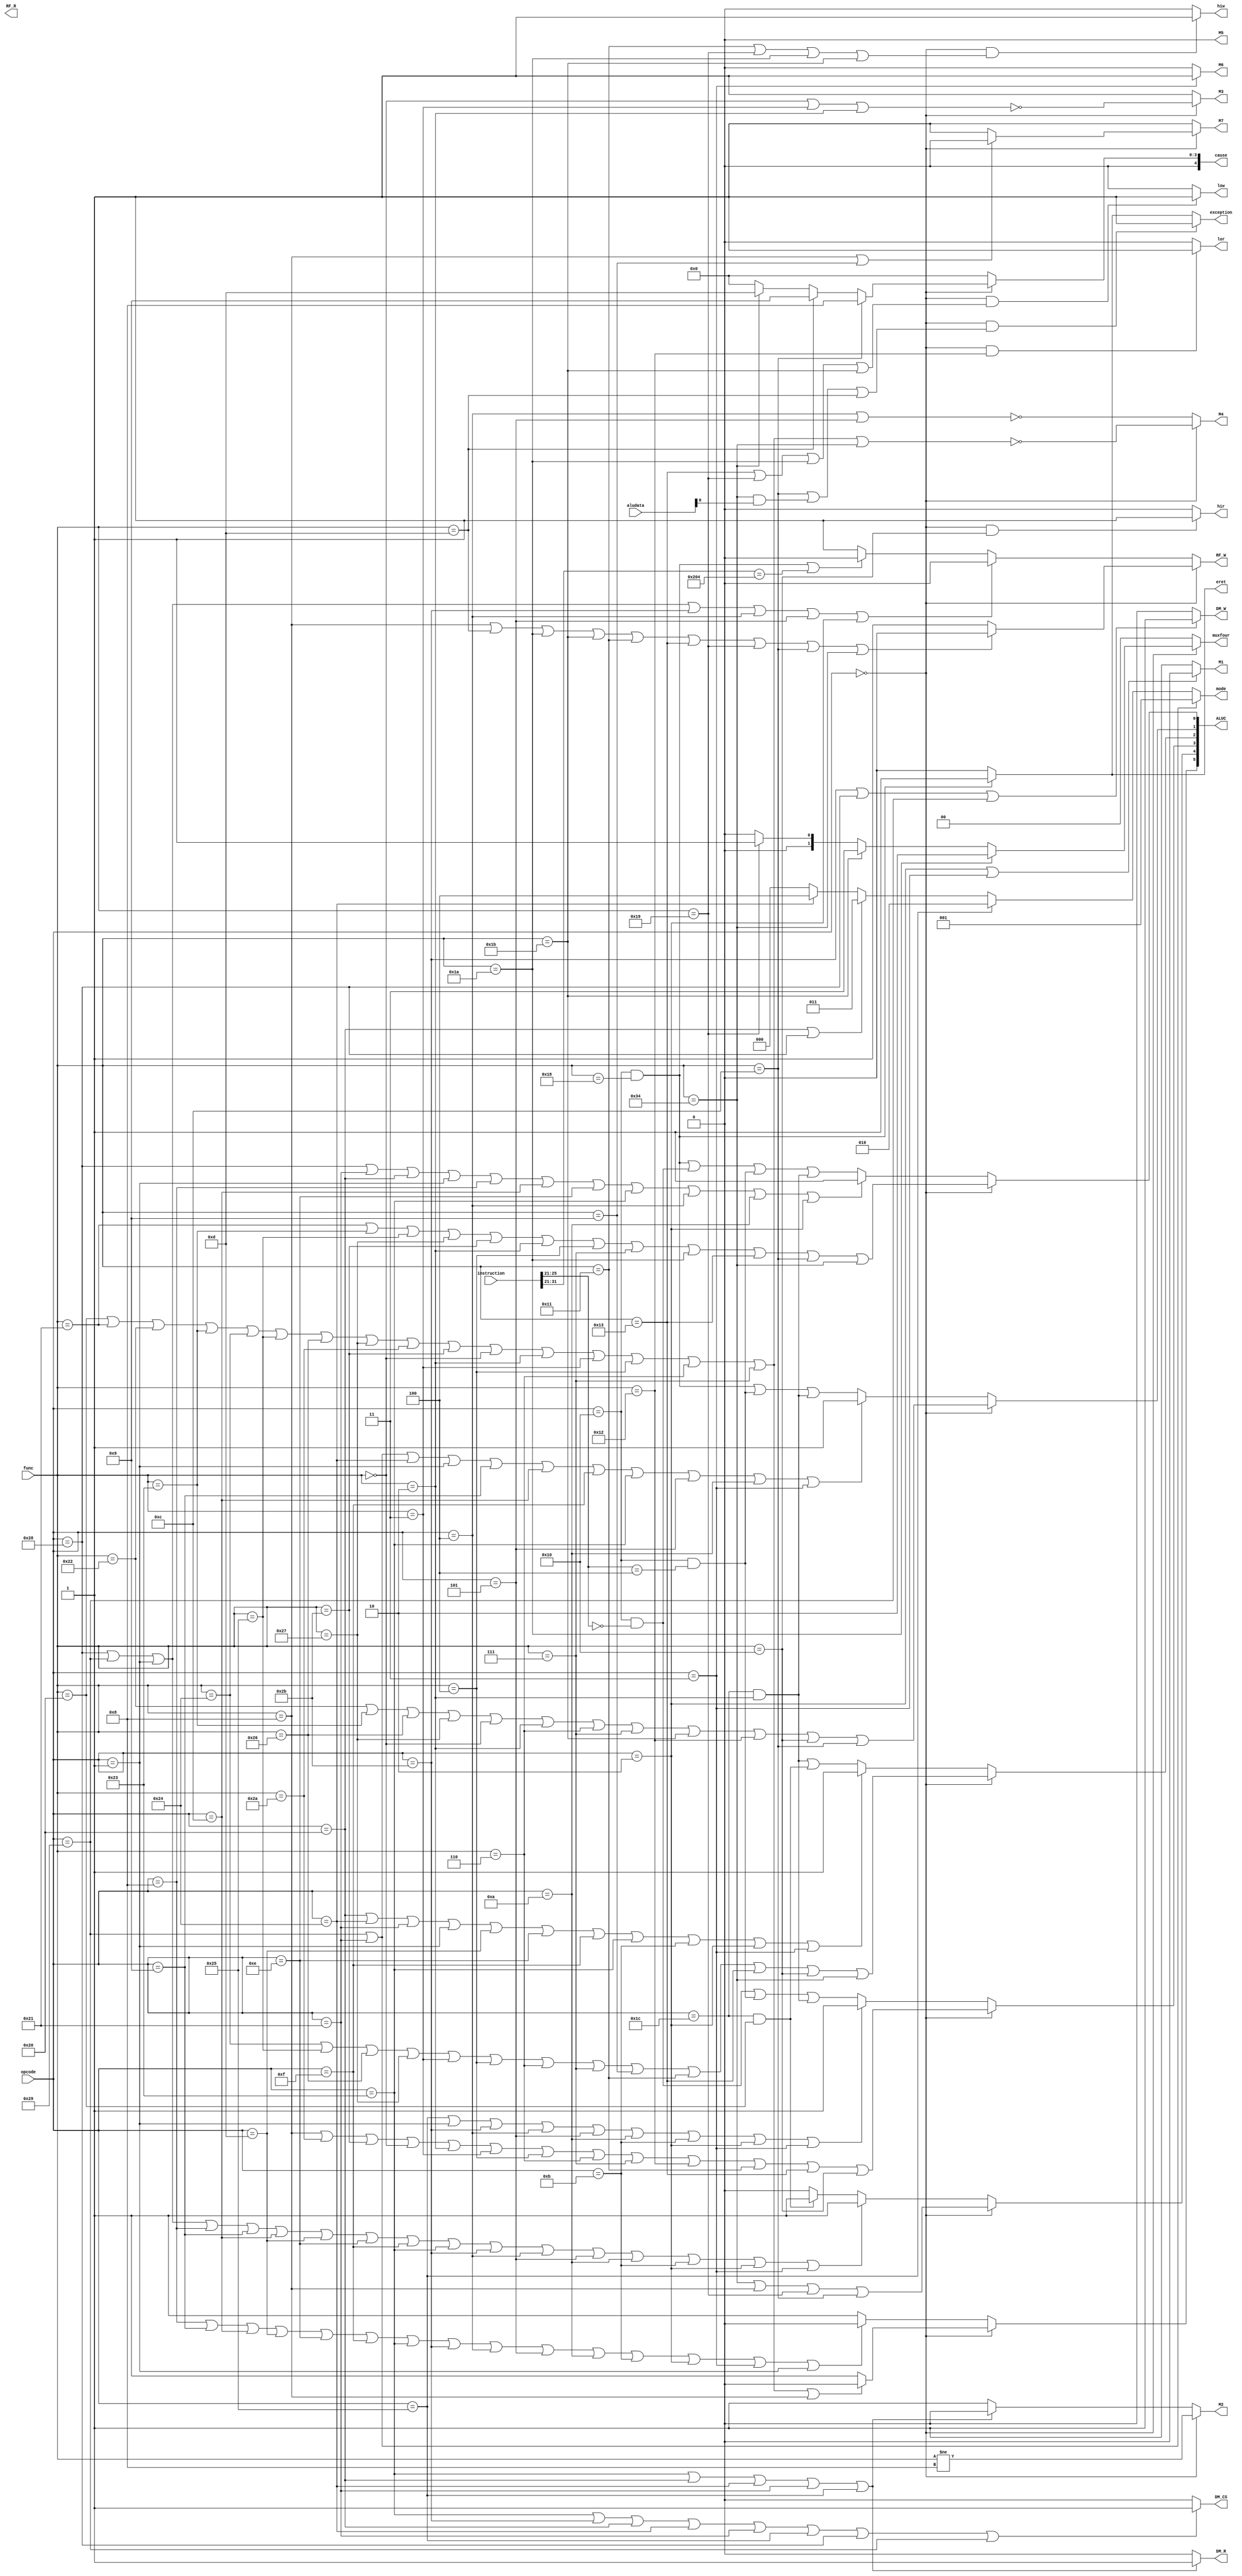
`timescale 1ns / 1ps
//////////////////////////////////////////////////////////////////////////////////
// Company: 
// Engineer: 
// 
// Design Name: 
// Module Name: ControlUnit
// Project Name: 
// Target Devices: 
// Tool Versions: 
// Description: 
// 
// Dependencies: 
// 
// Revision:
// Revision 0.01 - File Created
// Additional Comments:
// 
//////////////////////////////////////////////////////////////////////////////////


module ControlUnit(
input [31:0]aludata,
input [31:0]instruction,
input [5:0]opcode,
input [5:0]func,
output RF_R,
output DM_R,
output RF_W,
output  DM_W,
output M1,M2,M3,M4,M5,M6,M7,
//output [4:0]ALUC,
output [5:0]ALUC,
output DM_CS,
////////////////////
output [1:0]muxfour,
output lor,low,hir,hiw,
output exception,eret,
output [4:0]cause,
output [2:0]mode
    );
    parameter func_add=6'b100000,
                          func_addu=6'b100001,
                          func_sub=6'b100010,
                          func_subu=6'b100011,
                          func_and=6'b100100,
                          func_or=6'b100101,
                          func_xor=6'b100110,
                          func_nor=6'b100111,
                          func_slt=6'b101010,
                          func_sltu=6'b101011,
                          func_sll=6'b000000,
                          func_srl=6'b000010,
                          func_sra=6'b000011,
                          func_sllv=6'b000100,
                          func_srlv=6'b000110,
                          func_srav=6'b000111,
                          func_jr=6'b001000,
                          /////////////////////////////////////////////////////////////////
                          func_clz=6'b100000,
                         func_divu=6'b011011,
                         func_eret=6'b011000,
                         func_jalr=6'b001001,
                         func_mfc0=5'b00000,
                         func_mfhi=6'b010000,
                         func_mflo=6'b010010,
                         func_mtc0=5'b00100,
                         func_mthi=6'b010001,
                         func_mtlo=6'b010011,
                         func_mul=6'b000010,
                         func_multu=6'b011001,
                         func_syscall=6'b001100,
                         func_teq=6'b110100,
                         func_break=6'b001101,
                         func_div=6'b011010;
                         
    parameter op_addi=6'b001000,
                          op_addiu=6'b001001,
                          op_andi=6'b001100,
                          op_ori=6'b001101,
                          op_xori=6'b001110,
                          op_lui=6'b001111,
                          op_lw=6'b100011,
                          op_sw=6'b101011,
                          op_beq=6'b000100,
                          op_bne=6'b000101,
                          op_slti=6'b001010,
                          op_sltiu=6'b001011,
                          op_j=6'b000010,
                          op_jal=6'b000011,
                          //////////////////////////////////////////////////////////////
                           op_bgez = 6'b000001,
                          op_eret = 6'b010000,//**
                          op_lb = 6'b100000,
                          op_lbu = 6'b100100,
                          op_lhu = 6'b100101,
                          op_lh = 6'b100001,
                          op_mfc0 = 6'b010000,//**
                          op_mtc0 = 6'b010000,//**
                          op_mul = 6'b011100,//**
                          op_sb = 6'b101000,
                          op_sh = 6'b101001,
                          op_clz = 6'b011100;//**    
    assign M3=(opcode==6'b000000)?(~(func==func_sll||func==func_sra||func==func_srl)):1;
    assign M4=(opcode==6'b000000)?(~(func==func_add||func==func_addu||func==func_sub||func==func_subu||func==func_and||func==func_or||func==func_xor||func==func_nor||func==func_slt||func==func_sltu||func==func_sll||func==func_srl||func==func_sra||func==func_sllv||func==func_srlv||func==func_srav||func==func_teq)):(~(opcode==op_beq||opcode==op_bne));
    assign M6=(opcode==op_jal)?1:0;
    /////////
    assign M7=(opcode==6'b000000)?(func==func_jr||func==func_jalr)?0:1:1;
    /////////
    assign ALUC[5]=(opcode==6'b000000)?(func == func_add || func == func_addu || func == func_sub || func == func_subu || func == func_and || func == func_or || func == func_xor || func == func_nor || func == func_slt || func == func_sltu || func == func_sll || func == func_srl || func == func_sra || func == func_sllv || func == func_srlv || func == func_srav || func == func_jr) ? 0 : 1 : (opcode == op_addi || opcode == op_addiu || opcode == op_andi || opcode == op_ori || opcode == op_xori || opcode == op_lui || opcode == op_lw || opcode == op_sw || opcode == op_beq || opcode == op_bne || opcode == op_slti || opcode == op_sltiu || opcode == op_j || opcode == op_jal || opcode == op_bgez) ? 0 : 1;
    assign ALUC[4]=(opcode==6'b000000)?(func==func_teq||func==func_jr||func==func_multu||func==func_syscall):(opcode==op_sb||opcode==op_sh||opcode==op_bgez||opcode==op_addi||opcode==op_addiu||opcode==op_andi||opcode==op_ori||opcode==op_xori||opcode==op_lui||opcode==op_lw||opcode==op_sw||opcode==op_beq||opcode==op_bne||opcode==op_slti||opcode==op_sltiu||opcode==op_j||opcode==op_jal)?1:(opcode==op_clz&&func==func_clz)?1:0;
    assign ALUC[3]=(opcode==6'b000000)?(func==func_jr||func==func_slt||func==func_sltu||func==func_sll||func==func_srl||func==func_sra||func==func_sllv||func==func_srlv||func==func_srav||func==func_mflo||func==func_mthi||func==func_mtlo||func==func_mfhi):(opcode==op_lhu||opcode==op_bgez||opcode==op_sw||opcode==op_beq||opcode==op_bne||opcode==op_slti||opcode==op_sltiu||opcode==op_j||opcode==op_jal)?1:((opcode==op_mfc0&&instruction[25:21]==func_mfc0)||(opcode==op_mtc0&&instruction[25:21]==func_mtc0)||(opcode==op_mul&&func==func_mul));
    assign ALUC[2]=(opcode==6'b000000)?(func==func_and||func==func_or||func==func_xor||func==func_nor||func==func_sra||func==func_sllv||func==func_srlv||func==func_srav||func==func_jalr||func==func_mthi||func==func_mtlo||func==func_mfhi||func==func_teq):(opcode==op_lb||opcode==op_lbu||opcode==op_lh||opcode==op_bgez||opcode==op_ori||opcode==op_xori||opcode==op_lui||opcode==op_lw|| opcode==op_sltiu||opcode==op_j||opcode==op_jal)?1:((opcode==op_mul&&func==func_mul)||(opcode==op_clz&&func==func_clz));
    assign ALUC[1]=(opcode==6'b000000)?(func==func_sub||func==func_subu||func==func_xor||func==func_nor||func==func_sll||func==func_srl||func==func_srlv||func==func_srav||func==func_divu||func==func_mflo||func==func_mfhi||func==func_syscall):(opcode==op_sh||opcode==op_lh||opcode==op_lbu||opcode==op_bgez||opcode==op_addiu||opcode==op_andi||opcode==op_lui||opcode==op_lw||opcode==op_bne||opcode==op_slti||opcode==op_jal)?1:((opcode==op_eret&&func==func_eret)||(opcode==op_mtc0&&instruction[25:21]==func_mtc0)||(opcode==op_mul&&func==func_mul));
    assign ALUC[0]=(opcode==6'b000000)?(func==func_addu||func==func_subu||func==func_or||func==func_nor||func==func_sltu||func==func_srl||func==func_sllv||func==func_srav||func==func_div||func==func_mtlo||func==func_syscall||func==func_teq):(opcode==op_sb||opcode==op_lh||opcode==op_lb||opcode==op_bgez||opcode==op_addi||opcode==op_andi||opcode==op_xori||opcode==op_lw||opcode==op_beq||opcode==op_slti||opcode==op_j)?1:((func==func_eret&&opcode==op_eret)||(opcode==op_mfc0&&instruction[25:21]==func_mfc0)||(opcode==op_mtc0&&instruction[25:21]==func_mtc0)||(opcode==op_mul&&func==func_mul));
    assign M2=(opcode==6'b000000)?(func!=func_jr):(opcode==op_lw||opcode==op_lb||opcode==op_lbu||opcode==op_lh||opcode==op_lhu)?0:1;
    assign RF_W=(opcode==6'b000000)?(func==func_jr||func==func_break||func==func_div||func==func_divu||func==func_mthi||func==func_mtlo||func==func_multu||func==func_syscall||func==func_teq)?0:1:(opcode==op_sb||opcode==op_sh||opcode==op_bgez||opcode==op_sw||opcode==op_beq||opcode==op_bne||opcode==op_j)?0:((opcode==op_eret&&func==func_eret)||(instruction[31:21]==11'b01000000100))?0:1;
    assign M5=0;
    assign M1=(opcode==op_j||opcode==op_jal)?0:1;
    assign DM_CS=(opcode==op_lw||opcode==op_sw||opcode==op_lb||opcode==op_lbu||opcode==op_lh||opcode==op_lhu||opcode==op_sb||opcode==op_sh)?1:0;
    assign DM_R=(opcode==op_lw||opcode==op_lb||opcode==op_lbu||opcode==op_lh||opcode==op_lhu)?1:0;
    assign DM_W=(opcode==op_sw||opcode==op_sb||opcode==op_sh)?1:0;
    //////////////////////////////////
    assign muxfour=(opcode==6'b0)?(func==func_div)?2'd2:(func==func_divu)?2'd3:(func==func_multu)?2'd1:0:0;
    assign low=((opcode==6'b0)&&(func==func_mtlo||func==func_multu||func==func_div||func==func_divu))?1:0;
    assign hiw=((opcode==6'b0)&&(func==func_mthi||func==func_multu||func==func_div||func==func_divu))?1:0;
    assign lor=(opcode==6'b0&&func==func_mflo)?1:0;
    assign hir=(opcode==6'b0&&func==func_mfhi)?1:0;
    assign exception=(opcode==6'd0&&(func==func_syscall||(func==func_teq&&aludata[0])||func==func_break))?1:(opcode==op_eret&&func==func_eret)?1:0;
    ///////////////////////////////////
    assign eret=(opcode==op_eret&&func==func_eret)?1:0;
    ///////////////////////////////////
    assign cause=(opcode==6'd0)?(func==func_syscall)?5'b01000:(func==func_break)?5'b01001:(func==func_teq)?5'b01101:0:0;
    assign mode=(opcode==op_lh||opcode==op_sh)?3'b001:(opcode==op_lhu)?3'b010:(opcode==op_lb||opcode==op_sb)?3'b011:(opcode==op_lbu)?3'b100:0;
endmodule